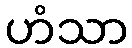
ဟံသာ